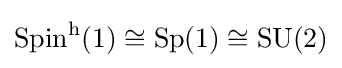
\operatorname {Spin} ^{\mathrm {h} }(1)\cong \operatorname {Sp} (1)\cong \operatorname {SU} (2)